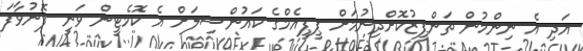
އަދި އެ ނިންމުން ތަންފީޒުކޮށްދިނުމަށް ޕީޕީއެމްގެ ކައުންސިލަށް އެ ކޮމެޓީން ވަނީ ފޮނުވާފަ